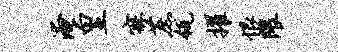
淹皇寐蔗瓴擢恨隈